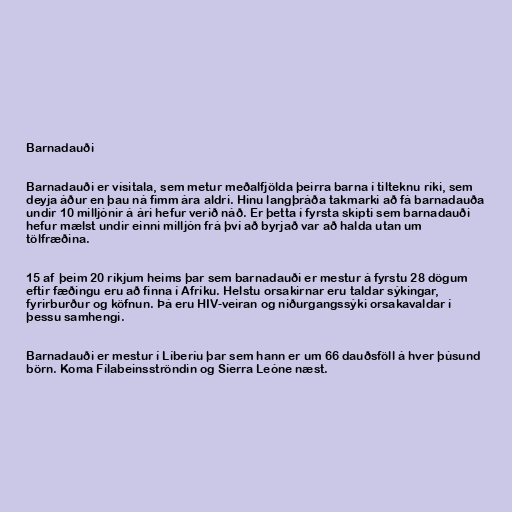
Barnadauði

Barnadauði er vísitala, sem metur meðalfjölda þeirra barna í tilteknu ríki, sem
deyja áður en þau ná fimm ára aldri. Hinu langþráða takmarki að fá barnadauða
undir 10 milljónir á ári hefur verið náð. Er þetta í fyrsta skipti sem barnadauði
hefur mælst undir einni milljón frá því að byrjað var að halda utan um
tölfræðina.

15 af þeim 20 ríkjum heims þar sem barnadauði er mestur á fyrstu 28 dögum
eftir fæðingu eru að finna í Afríku. Helstu orsakirnar eru taldar sýkingar,
fyrirburður og köfnun. Þá eru HIV-veiran og niðurgangssýki orsakavaldar í
þessu samhengi.

Barnadauði er mestur í Líberíu þar sem hann er um 66 dauðsföll á hver þúsund
börn. Koma Fílabeinsströndin og Síerra Leóne næst.